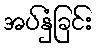
အပ်နှံခြင်း